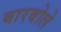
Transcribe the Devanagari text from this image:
बारबोले